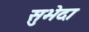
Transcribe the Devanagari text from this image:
सुभेदा